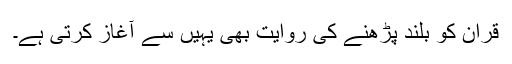
قران کو بلند پڑھنے کی روایت بھی یہیں سے آغاز کرتی ہے۔